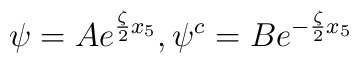
\psi = A e^{\frac{\zeta}{2} x_5},\psi^c = B e^{-\frac{\zeta}{2} x_5}